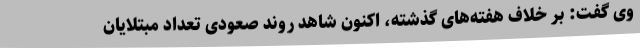
وی گفت: بر خلاف هفته‌های گذشته، اکنون شاهد روند صعودی تعداد مبتلایان